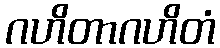
ဂဟိတာဂဟိတံ